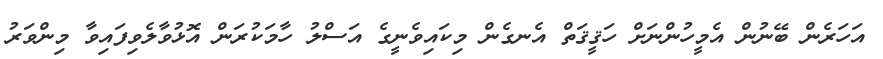
އަހަރެން ބޭނުން އެމީހުންނަށް ހަޤީޤަތް އެނގެން މިކައިވެނީގެ އަސްލު ހާމަކުރަން އޮޅުވާލެވިފައިވާ މިންވަރު